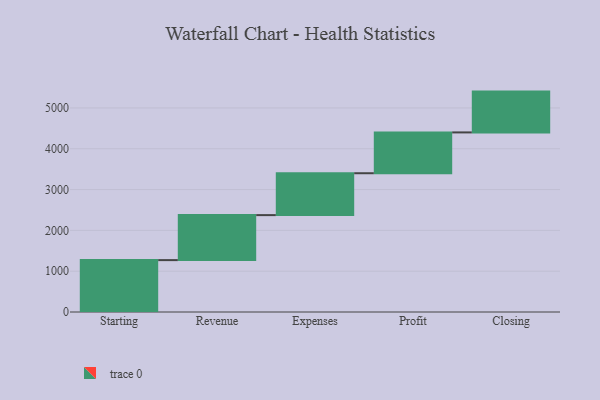
{"axis": {"x": "Step", "y": "Value"}, "legend": [""], "data": [{"x": "Starting", "y": 1271.0, "type": ""}, {"x": "Revenue", "y": 1103.0, "type": ""}, {"x": "Expenses", "y": 1026.0, "type": ""}, {"x": "Profit", "y": 1000, "type": ""}, {"x": "Closing", "y": 1000, "type": ""}]}